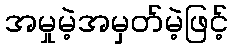
အမှုမဲ့အမှတ်မဲ့ဖြင့်